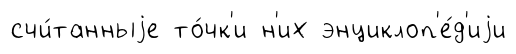
счи́танныjе то́чк'и н'их энциклоп'е́д'иjи